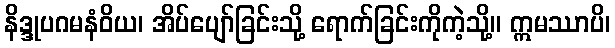
နိဒ္ဒုပဂမနံဝိယ၊ အိပ်ပျော်ခြင်းသို့ ရောက်ခြင်းကိုကဲ့သို့။ ဣမဿာပိ၊